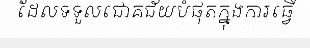
ដែលទទួលជោគជ័យបំផុតក្នុងការធ្វើ